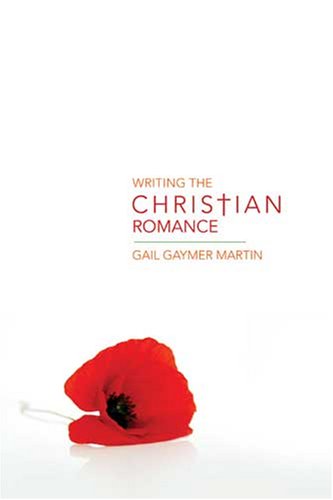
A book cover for Writing the Christian Romance; Gail Gaymer Martin; Romance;